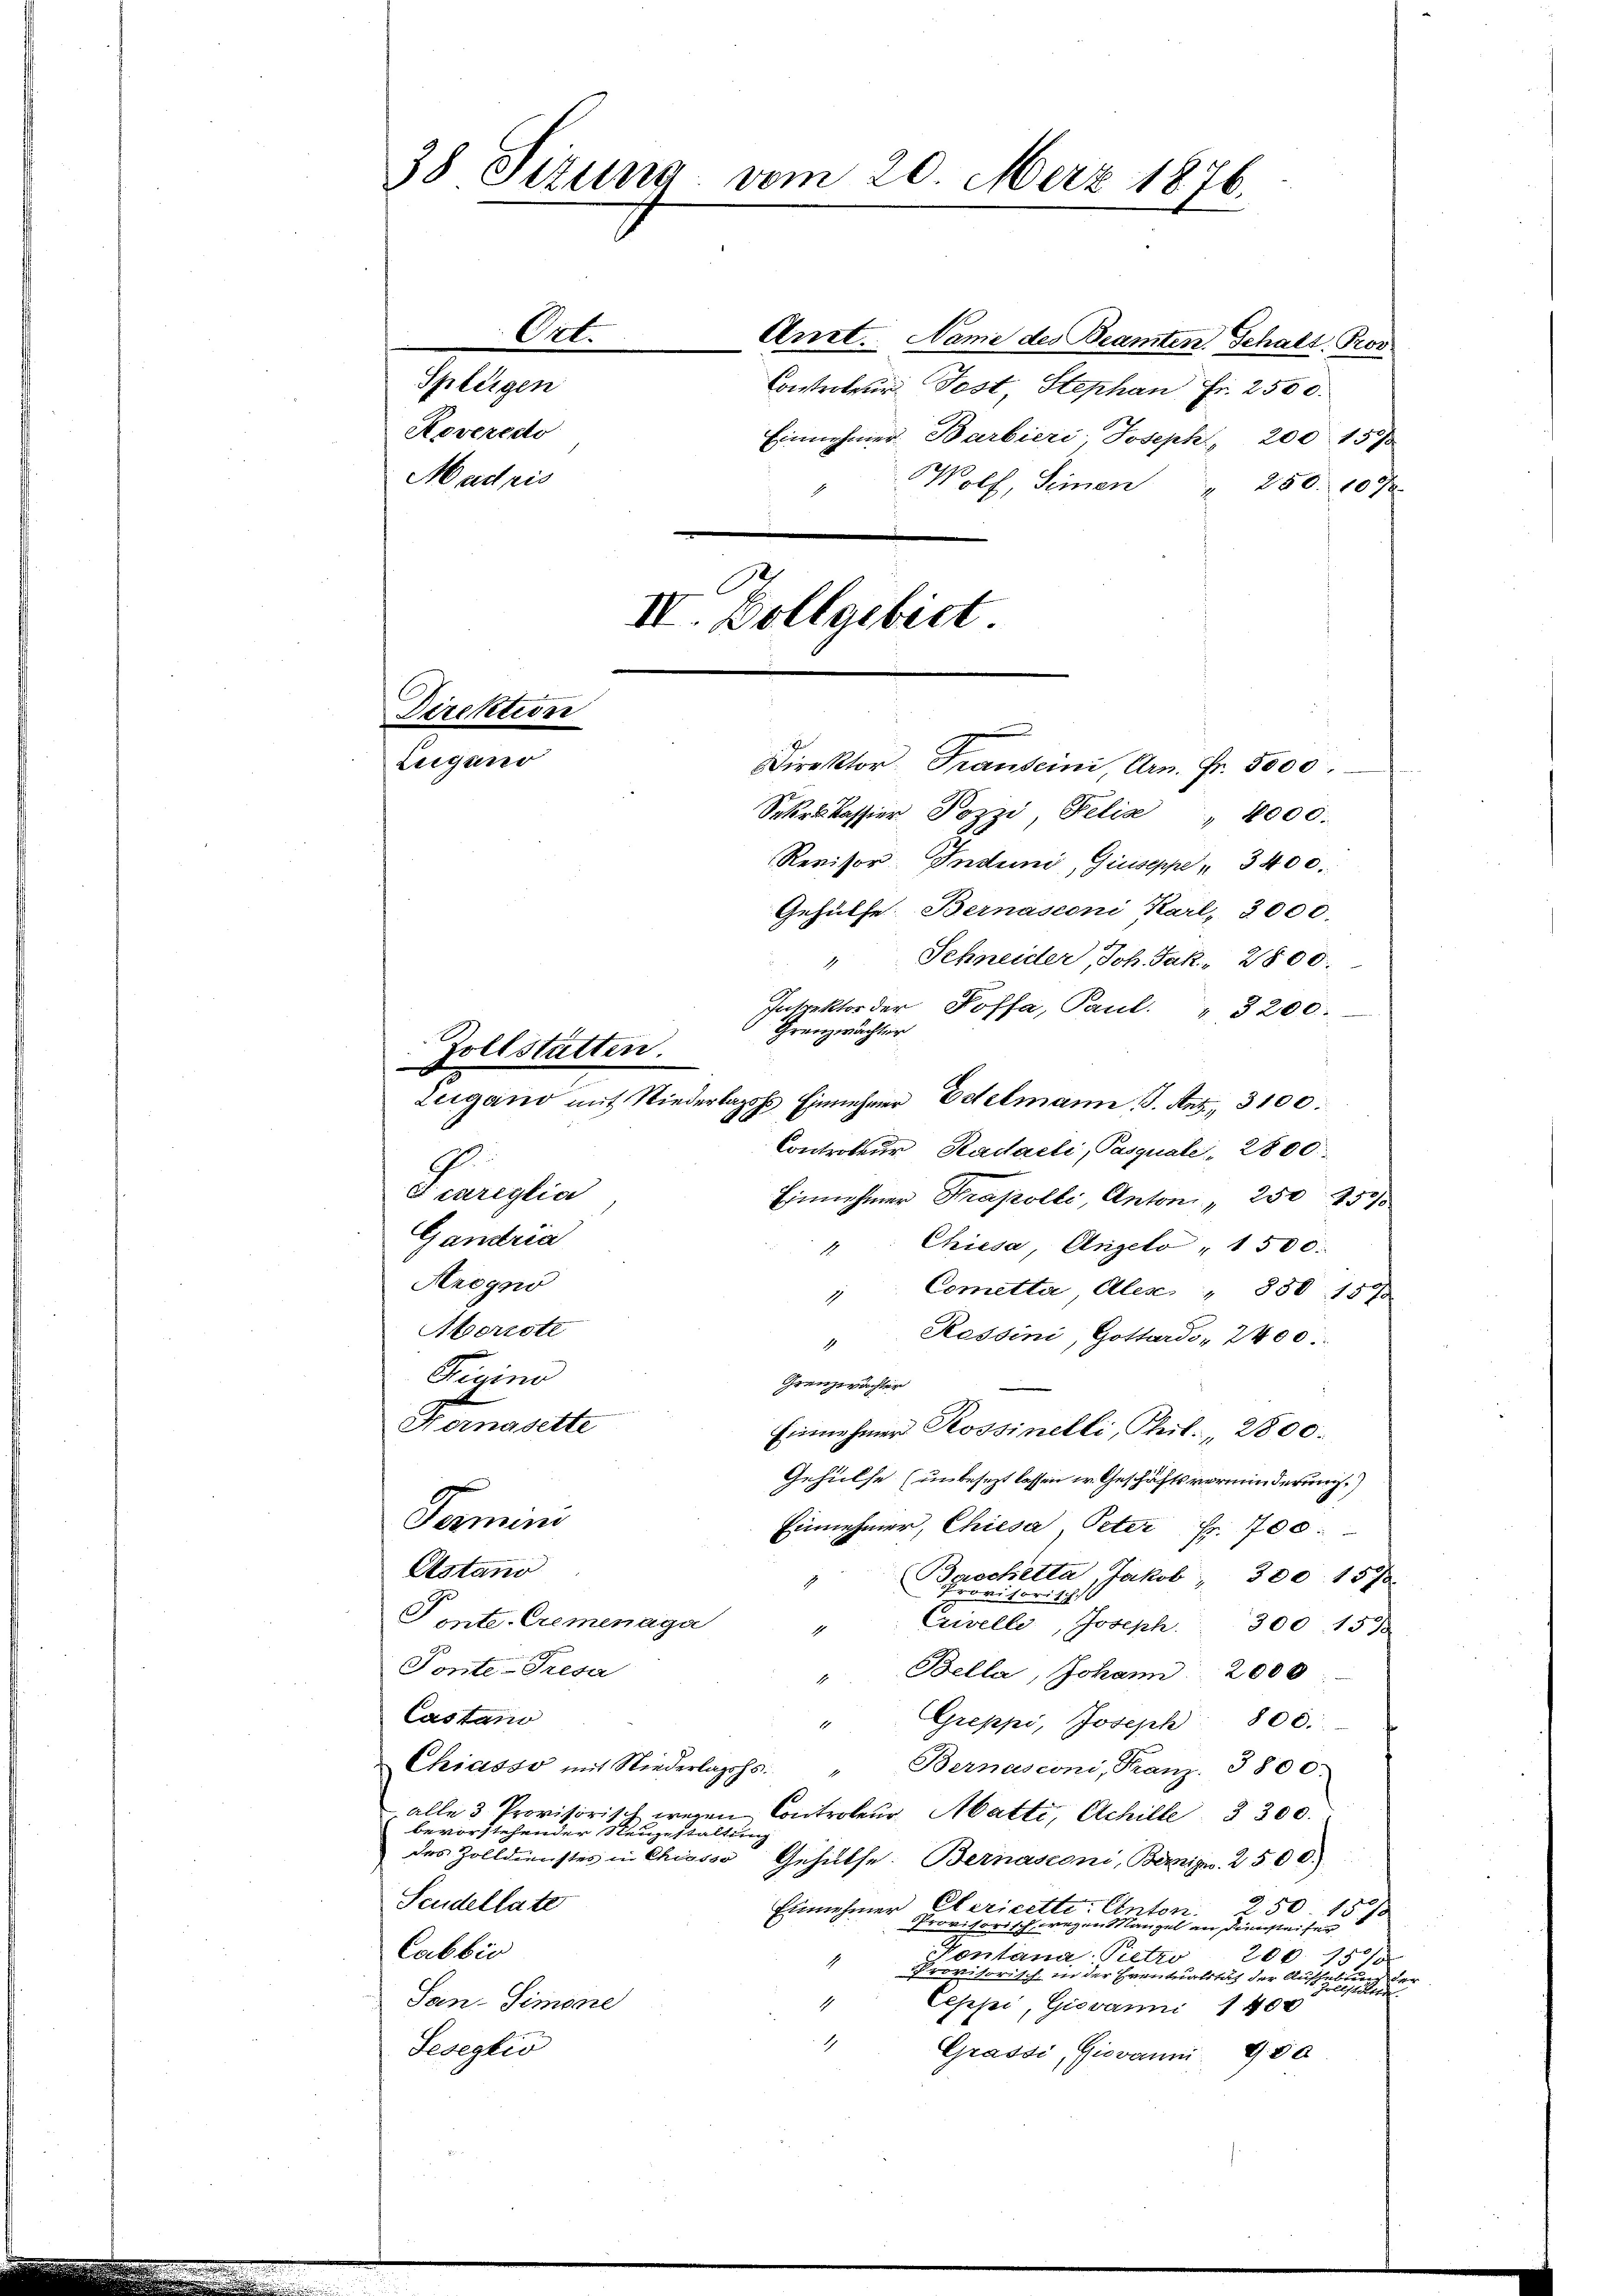
38 Tizung vom 20. Merz 1876.

Anet. Name des Beamten Schalt. Prov
Melliger
Controleur Jost Stephan Fr. 2500.
Roverecto
Einnehmer. Barbieri, Joseph, 200 15/
Madris
Wolf, Seinen " 250. 10
IV. Vollgebiet.

Direktion

Leigano

Ort.

Zollstatten.

Direktor Transeini, Arn. Fr. 5000.
Sekrskassier Pozzi, Felis, 1000.
Revisor Instrui, Giuseppe " 3400.
Gehülfe. Bernasconi Karl, 3000.
Schneider, Joh. Jak. 2800.
1
Inspektor der Koffa, Paul. " 3200.
6 Grenzwächter
Leigand mit Niederlages Einnehmer Edelmann 19. Ant. 3100.
Controleur Kadaeli, Pasquale, 2800.
G
Scariglia
Einnehmer Präpolle, Anton " 250 251/5
Gantra
Chiesa, Angelo " 1500.
Arogno
"Cometta Alles " 850 150f
Atoriott
"Ressini, Gottardo 2400.
Ticino
Grenzprächter
Fomasette
Einnahmer Rossinelli, Theil. 2800.
Gehülfe (unbesezt lassen w. Geschäftsverminderung.)
Fermini
Einnehmer, Chiesa Peter Fr. 700.
Alstano
(Beschetta, Jakob " 300 1570
Tinte Cremenaga " Crivelle, Joseph 300. 1573
Ge
Tonte-Tresa
Bella, Johann 2000
1
Castano
"Greppi, Joseph 800.
Chiasso mit Niederlagshs.
Bernasconi, Franz. 3800.
alle 3 Provisorisch wegen Controleur Matti, Schille 3 300.
bevorstehender Neugestalten
des Zolldienstes in Chiasso Gehülfe: Bernasconi, Bernign. 2500.
Seudellate
Einnehmer Clericette. Anton.
250. 15 f
Provisorisch, wegen Mangel an Diensteifer
Cabbić
Kontana Pietro
206. 1510
du Vater
Provisorisch in der Eventualität der Aufsehend
San-Simonie
Ceppi, Giovanni 1400
Seseglio
Grassi, Giovanni 950